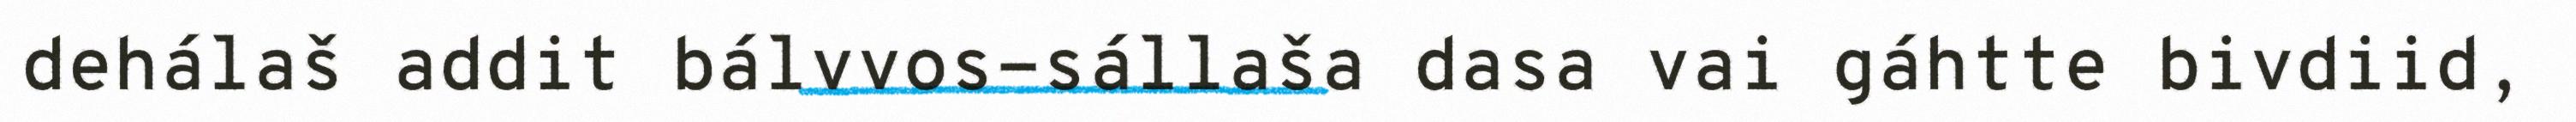
dehálaš addit bálvvos-sállaša dasa vai gáhtte bivdiid,